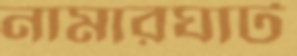
নামারঘাট